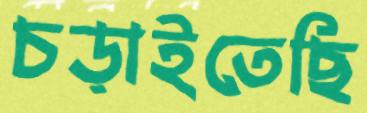
চড়াইতেছি